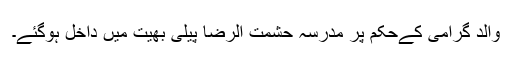
والد گرامی کےحکم پر مدرسہ حشمت الرضا پیلی بھیت میں داخل ہوگئے۔